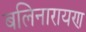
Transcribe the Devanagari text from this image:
बलिनारायण